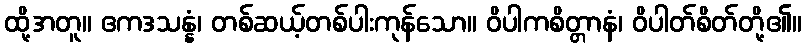
ထို့အတူ။ ဧကဒသန္နံ၊ တစ်ဆယ့်တစ်ပါးကုန်သော။ ဝိပါကစိတ္တာနံ၊ ဝိပါတ်စိတ်တို့၏။